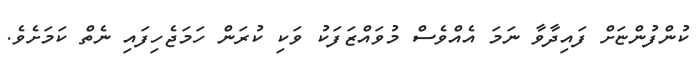
ކުންފުންޏަށް ފައިދާވާ ނަމަ އެއްވެސް މުވައްޒަފަކު ވަކި ކުރަން ހަމަޖެހިފައި ނެތް ކަމަށެވެ.